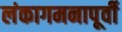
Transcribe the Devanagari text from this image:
लंकागमनापूर्वी